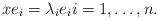
LaTeX: \begin{align*}x e_i=\lambda_i e_ii=1,\dots,n.\end{align*}